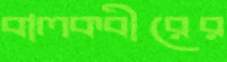
বালকবীরের